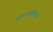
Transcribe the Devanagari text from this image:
वसाहतविरोधी